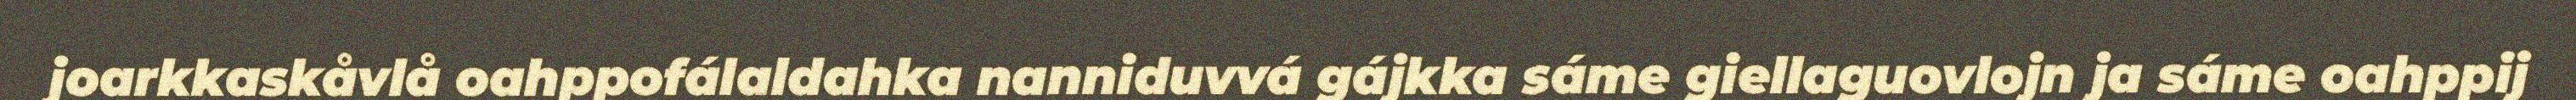
joarkkaskåvlå oahppofálaldahka nanniduvvá gájkka sáme giellaguovlojn ja sáme oahppij